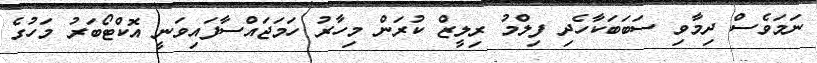
ނަމަވެސް ދިމާވި ސަބަބަކާހެދި ފިލްމު ރިލީޒް ކުރަން މިހާރު ހަމަޖައްސާފައިވަނީ އޮކްޓޯބަރު މަހުގެ